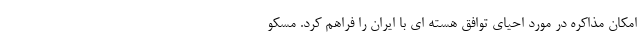
امکان مذاکره در مورد احیای توافق هسته ای با ایران را فراهم کرد. مسکو